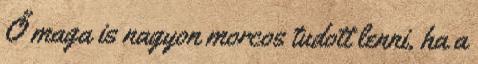
Ő maga is nagyon morcos tudott lenni, ha a